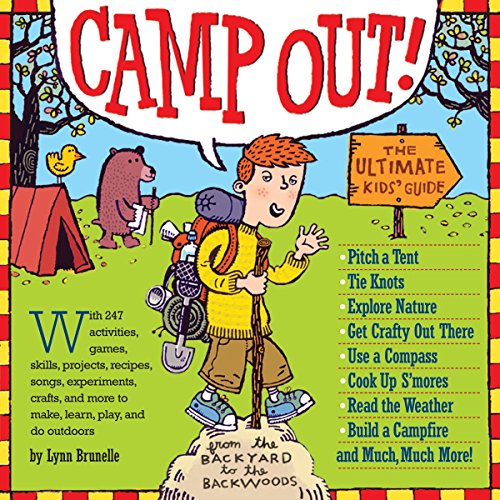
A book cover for Camp Out!: The Ultimate Kids' Guide; Lynn Brunelle; Sports & Outdoors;